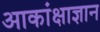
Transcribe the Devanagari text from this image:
आकांक्षाज्ञान